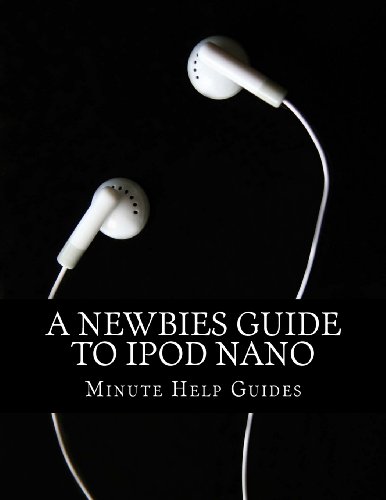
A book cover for A Newbies Guide to iPod Nano; Minute Help Guides; Computers & Technology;